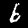
Label: 6